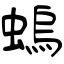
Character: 螐